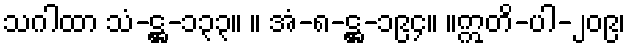
သဂါထာ သံ-ဋ္ဌ-၁၃၃။ ။ အံ-၈-ဋ္ဌ-၁၉၄။ ။ဣတိ-ပါ-၂၀၉၊